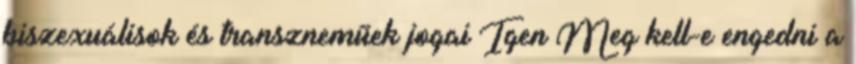
biszexuálisok és transzneműek jogai Igen Meg kell-e engedni a